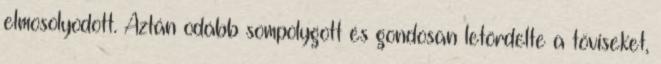
elmosolyodott. Aztán odább sompolygott és gondosan letördelte a töviseket,